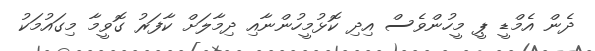
ދެން އެމްޑީ ޕީ މީހުންވެސް އިދި ކޮޅުމީހުންނާއި ދިމާލަށް ކާފަރު ގޮވީމާ މިގައުމަކު